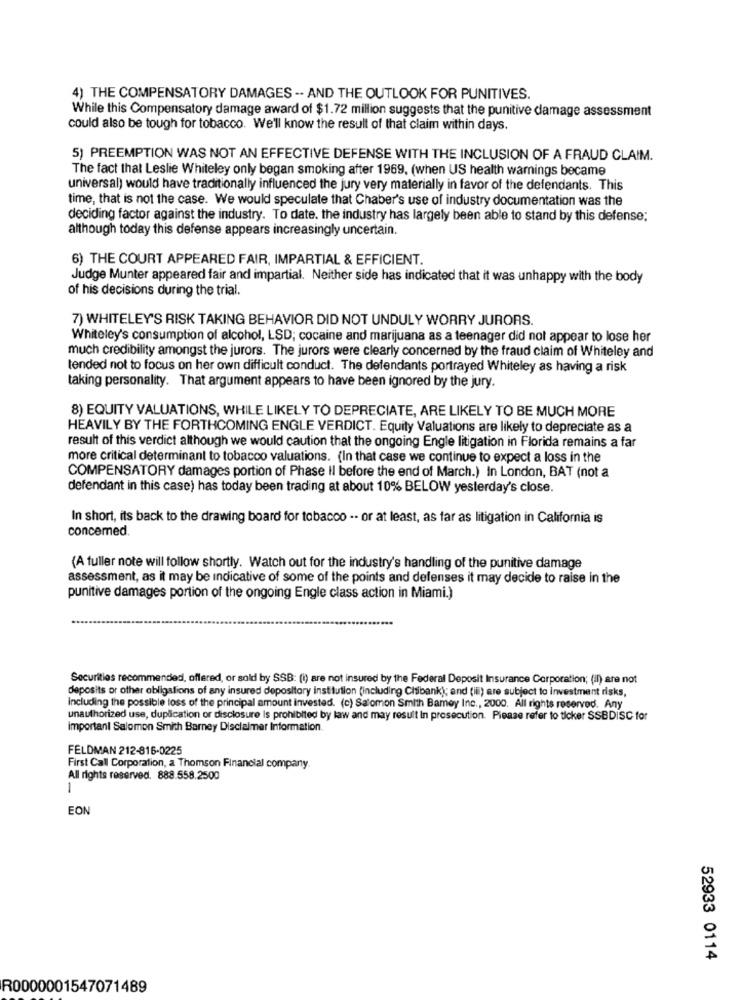
4) THE COMPENSATORY DAMAGES -- AND THE OUTLOOK FOR PUNITIVES.
While this Compensatory damage award of $1.72 million suggests that the punitive damage assessment
could also be tough for tobacco. We'll know the result of that claim within days.
5) PREEMPTION WAS NOT AN EFFECTIVE DEFENSE WITH THE INCLUSION OF A FRAUD CLAIM.
The fact that Leslie Whiteley only began smoking after 1969, (when US health warnings became
universal) would have traditionally influenced the jury very materially in favor of the defendants. This
time, that is not the case. We would speculate that Chaber's use of industry documentation was the
deciding factor against the industry. To date. the industry has largely been able to stand by this defense;
although today this defense appears increasingly uncertain.
6) THE COURT APPEARED FAIR, IMPARTIAL & EFFICIENT.
Judge Munter appeared fair and impartial. Neither side has indicated that it was unhappy with the body
of his decisions during the trial.
7) WHITELEY'S RISK TAKING BEHAVIOR DID NOT UNDULY WORRY JURORS.
Whiteley's consumption of alcohol, LSD; cocaine and marijuana as a teenager did not appear to lose her
much credibility amongst the jurors. The jurors were clearly concerned by the fraud claim of Whiteley and
tended not to focus on her own difficult conduct. The defendants portrayed Whiteley as having a risk
taking personality. That argument appears to have been ignored by the jury.
8) EQUITY VALUATIONS, WHILE LIKELY TO DEPRECIATE, ARE LIKELY TO BE MUCH MORE
HEAVILY BY THE FORTHCOMING ENGLE VERDICT. Equity Valuations are likely to depreciate as a
result of this verdict although we would caution that the ongoing Engle litigation in Florida remains a far
more critical determinant to tobacco valuations. (In that case we continue to expect a loss in the
COMPENSATORY damages portion of Phase Il before the end of March.) In London, BAT (not a
defendant in this case) has today been trading at about 10% BELOW yesterday's close.
In short, its back to the drawing board for tobacco -- or at least, as far as litigation in California is
concerned.
(A fuller note will follow shortly. Watch out for the industry's handling of the punitive damage
assessment, as it may be indicative of some of the points and defenses it may decide to raise in the
punitive damages portion of the ongoing Engle class action in Miami.)
Securities recommended, offered, or sold by SSB: (i) are not insured by the Federal Deposit Insurance Corporation; (il) are not
deposits or other obligations of any insured depository institution (including Chsibank); and (il) are subject to investment risks,
Including the possible loss of the principal amount invested. (c) Salomon Smith Barney Inc ., 2000. All rights reserved. Any
unauthorized use, duplication or disclosure Is prohibited by law and may result In prosecution. Please refer to ticker SSBDISC for
important Salomon Smith Barney Disclaimer Information.
FELDMAN 212-816-0225
First Call Corporation, a Thomson Financial company.
All rights reserved. 888.558.2500
1
EON
52933 0114
R0000001547071489